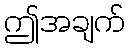
ဤအချက်